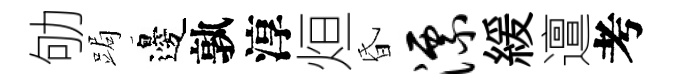
劬跼邊孰淳烜昏漂緩邅考